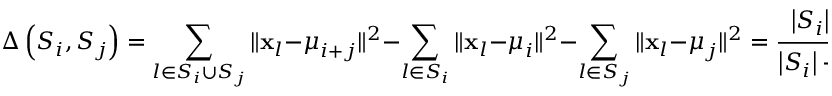
\Delta \left( S _ { i } , S _ { j } \right) = \sum _ { l \in S _ { i } \cup S _ { j } } \| \mathbf { x } _ { l } - \boldsymbol { \mu } _ { i + j } \| ^ { 2 } - \sum _ { l \in S _ { i } } \| \mathbf { x } _ { l } - \boldsymbol { \mu } _ { i } \| ^ { 2 } - \sum _ { l \in S _ { j } } \| \mathbf { x } _ { l } - \boldsymbol { \mu } _ { j } \| ^ { 2 } = \frac { \left| S _ { i } \right| \left| S _ { j } \right| } { \left| S _ { i } \right| + \left| S _ { j } \right| } \| \boldsymbol { \mu } _ { i } - \boldsymbol { \mu } _ { j } \| ^ { 2 } ,